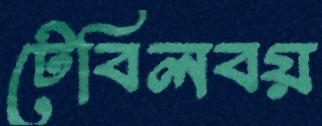
টেবিলবয়